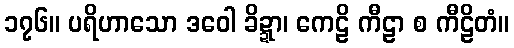
၁၇၆။ ပရိဟာသော ဒဝေါ ခိဍ္ဍာ၊ ကေဠိ ကီဠာ စ ကီဠိတံ။